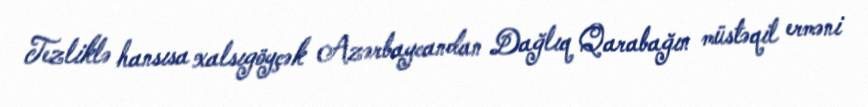
Tezliklə hansısa xalsıgöyçək Azərbaycandan Dağlıq Qarabağın müstəqil erməni